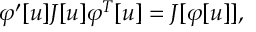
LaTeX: \varphi ^ { \prime } [ u ] J [ u ] \varphi ^ { T } [ u ] = J [ \varphi [ u ] ] ,